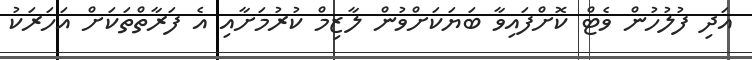
އަދި ފުލުހުން ވެޓް ކޮށްފައިވާ ބަޔަކަށްވުން ލާޒިމް ކުރުމަށާއި އެ ފަރާތްތަކަށް އަހަރަކު